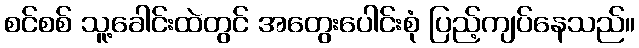
စင်စစ် သူ့ခေါင်းထဲတွင် အတွေးပေါင်းစုံ ပြည့်ကျပ်နေသည်။